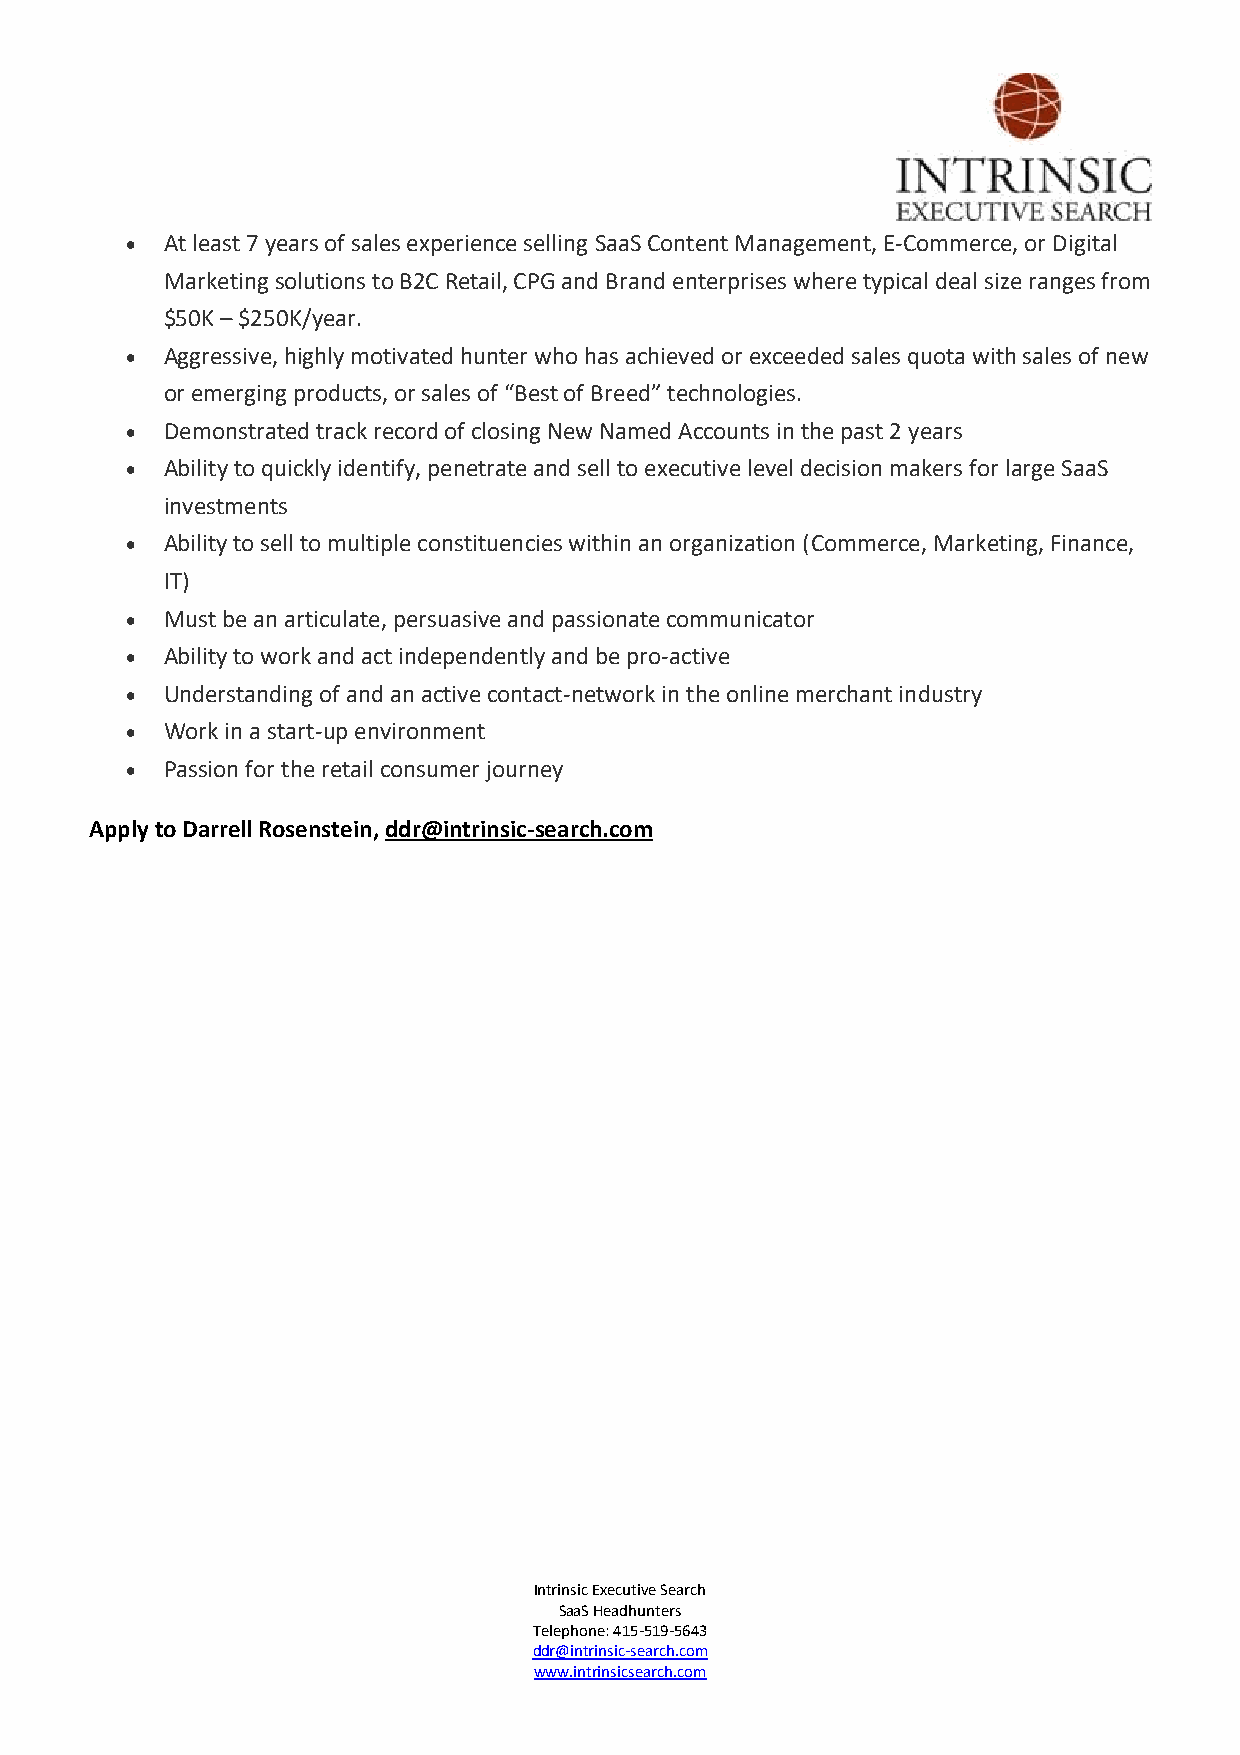
•  At least 7 years of sales experience selling SaaS Content Management, E-Commerce, or Digital
 Marketing solutions to B2C Retail, CPG and Brand enterprises where typical deal size ranges from
 $50K – $250K/year.
 •  Aggressive, highly motivated hunter who has achieved or exceeded sales quota with sales of new
 or emerging products, or sales of “Best of Breed” technologies.
 •  Demonstrated track record of closing New Named Accounts in the past 2 years
 •  Ability to quickly identify, penetrate and sell to executive level decision makers for large SaaS
 investments
 •  Ability to sell to multiple constituencies within an organization (Commerce, Marketing, Finance,
 IT)
 •  Must be an articulate, persuasive and passionate communicator
 •  Ability to work and act independently and be pro-active
 •  Understanding of and an active contact-network in the online merchant industry
 •  Work in a start-up environment
 •  Passion for the retail consumer journey
 Apply to Darrell Rosenstein, ddr@intrinsic-search.com
 Intrinsic Executive Search
 SaaS Headhunters
 Telephone: 415-519-5643
 ddr@intrinsic-search.com
 www.intrinsicsearch.com